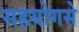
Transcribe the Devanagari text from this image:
सहयोगसे